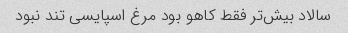
سالاد بیش‌تر فقط کاهو بود مرغ اسپایسی تند نبود